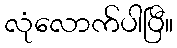
လုံလောက်ပါပြီ။